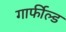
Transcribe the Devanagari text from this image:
गार्फील्ड